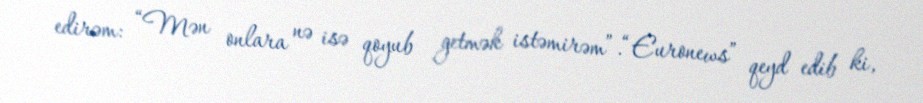
edirəm: “Mən onlara nə isə qoyub getmək istəmirəm”.“Euronews” qeyd edib ki,